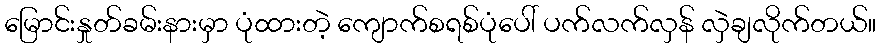
မြောင်းနှုတ်ခမ်းနားမှာ ပုံထားတဲ့ ကျောက်စရစ်ပုံပေါ် ပက်လက်လှန် လှဲချလိုက်တယ်။